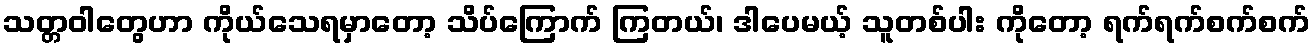
သတ္တဝါတွေဟာ ကိုယ်သေရမှာတော့ သိပ်ကြောက် ကြတယ်၊ ဒါပေမယ့် သူတစ်ပါး ကိုတော့ ရက်ရက်စက်စက်